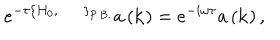
LaTeX: e ^ { - \tau \left\{ H _ { 0 } , \; \; \right\} _ { \mathrm { P . B . } } } a \left( { \bf k } \right) = e ^ { - i \omega \tau } a \left( { \bf k } \right) ,